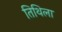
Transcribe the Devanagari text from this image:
तिथिला